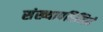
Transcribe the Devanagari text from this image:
संख्यापरिमितं